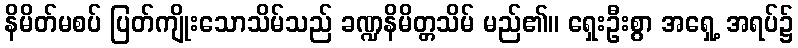
နိမိတ်မစပ် ပြတ်ကျိုးသောသိမ်သည် ခဏ္ဍနိမိတ္တသိမ် မည်၏။ ရှေးဦးစွာ အရှေ့ အရပ်၌